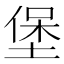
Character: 堡